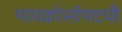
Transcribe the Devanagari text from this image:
मायक्रोसॉफ्टची